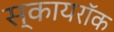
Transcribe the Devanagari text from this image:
स्कायरॉक